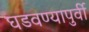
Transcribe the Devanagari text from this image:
घडवण्यापुर्वी